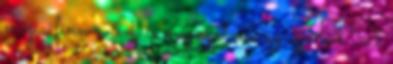
még a finn ovisok is megnyalnák az ujjaikat. A